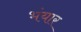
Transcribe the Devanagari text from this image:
भंयार